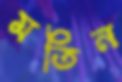
মতিন